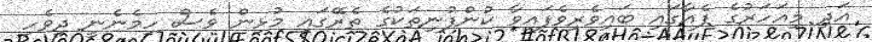
އަދި މިއަހަރުގެ ފެއާގައި ބައިވެރިވެފައިވާ ކުންފުނިތަކުގެ ތެރޭގައި މުޅިން ވެސް ހިމެނެނީ ދިވެހި